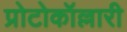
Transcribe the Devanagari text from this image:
प्रोटोकॉल्लारी